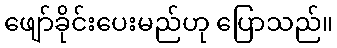
ဖျော်ခိုင်းပေးမည်ဟု ပြောသည်။